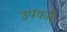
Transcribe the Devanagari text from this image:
उपकरि